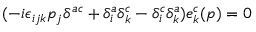
( - i \epsilon _ { i j k } p _ { j } \delta ^ { a c } + \delta _ { i } ^ { a } \delta _ { k } ^ { c } - \delta _ { i } ^ { c } \delta _ { k } ^ { a } ) e _ { k } ^ { c } ( p ) = 0